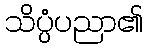
သိပ္ပံပညာ၏